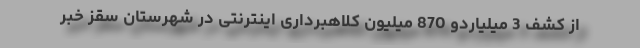
از کشف 3 میلیاردو 870 میلیون کلاهبرداری اینترنتی در شهرستان سقز خبر